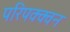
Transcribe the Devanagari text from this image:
परिपक्क्वन